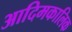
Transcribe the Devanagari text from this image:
आदिमकालिक